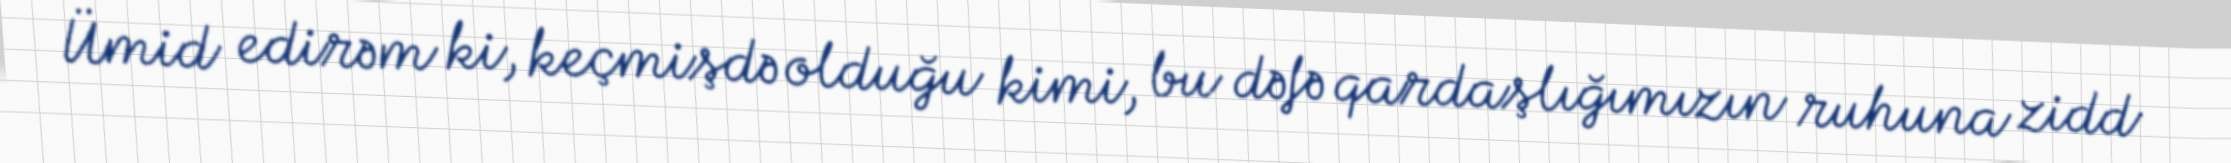
Ümid edirəm ki, keçmişdə olduğu kimi, bu dəfə qardaşlığımızın ruhuna zidd